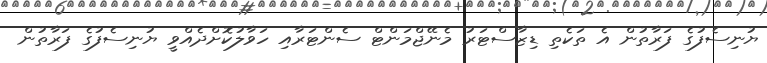
ޔުނިސެފުގެ ފަރާތުން އެ ތަކެތި ޑިޒާސްޓަރު މެނޭޖްމަންޓް ސެންޓަރާއި ހަވާލުކޮށްދެއްވީ ޔުނިސެފުގެ ފަރާތުން